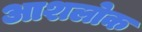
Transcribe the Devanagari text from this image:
आशलोक